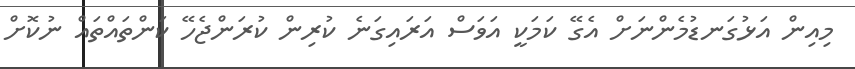
މިއިން އަޅުގަނޑުމެންނަށް އެގޭ ކަމަކީ އަވަސް އަރައިގަނެ ކުރިން ކުރަންޖެހޭ ކަންތައްތައް ނުކޮށް